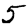
Digit: 5